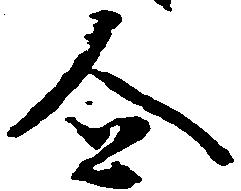
企